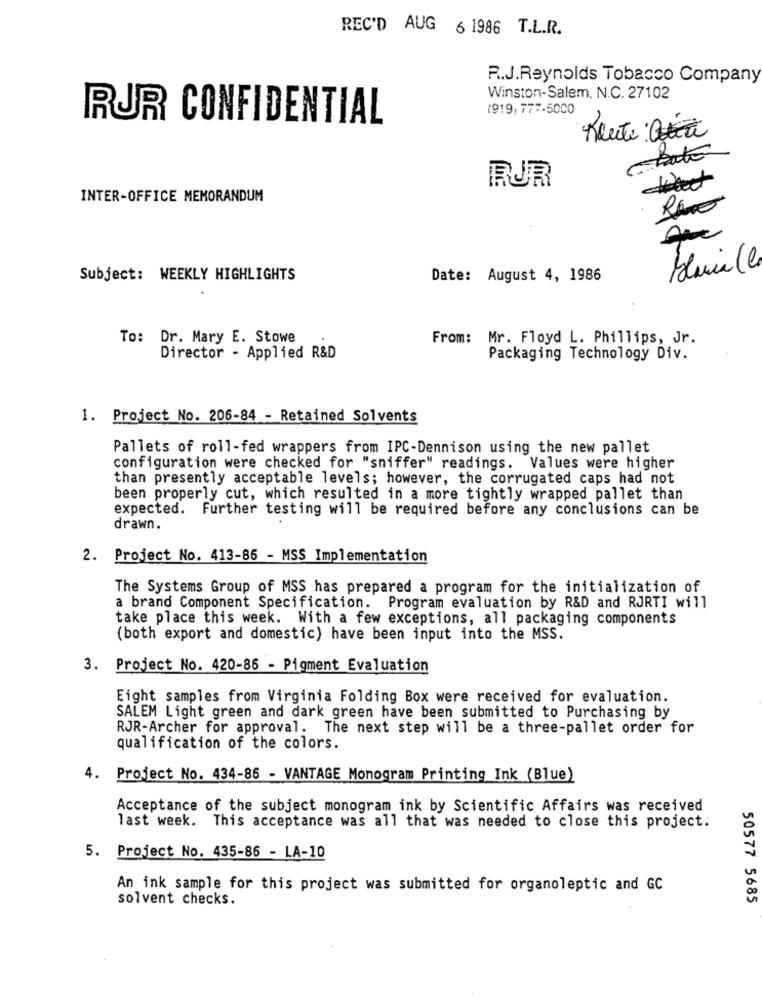
REC'D AUG 6 1986 T.L.R.
R.J.Reynolds Tobacco Company
Winston-Salem. N.C. 27102
(919, 777.5000
RUR CONFIDENTIAL
Chata
RUR
INTER-OFFICE MEMORANDUM
RE
Subject: WEEKLY HIGHLIGHTS
Date: August 4, 1986
To: Dr. Mary E. Stowe
From: Mr. Floyd L. Phillips, Jr.
Director - Applied R&D
Packaging Technology Div.
1. Project No. 206-84 - Retained Solvents
Pallets of roll-fed wrappers from IPC-Dennison using the new pallet
configuration were checked for "sniffer" readings. Values were higher
than presently acceptable levels; however, the corrugated caps had not
been properly cut, which resulted in a more tightly wrapped pallet than
expected. Further testing will be required before any conclusions can be
drawn.
2. Project No. 413-86 - MSS Implementation
The Systems Group of MSS has prepared a program for the initialization of
a brand Component Specification. Program evaluation by R&D and RJRTI will
take place this week. With a few exceptions, all packaging components
(both export and domestic) have been input into the MSS.
3. Project No. 420-86 - Pigment Evaluation
Eight samples from Virginia Folding Box were received for evaluation.
SALEM Light green and dark green have been submitted to Purchasing by
RJR-Archer for approval. The next step will be a three-pallet order for
qualification of the colors.
4. Project No. 434-86 - VANTAGE Monogram Printing Ink (Blue)
Acceptance of the subject monogram ink by Scientific Affairs was received
last week. This acceptance was all that was needed to close this project.
5. Project No. 435-86 - LA-10
An ink sample for this project was submitted for organoleptic and GC
solvent checks.
50577 5685